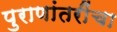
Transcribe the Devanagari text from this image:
पुराणांतरींचा